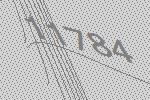
11784